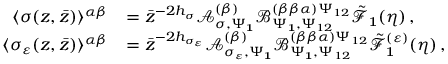
\begin{array} { r l } { \langle \sigma ( z , \bar { z } ) \rangle ^ { \alpha \beta } } & { = \bar { z } ^ { - 2 h _ { \sigma } } \mathcal { A } _ { \sigma , \Psi _ { \mathbf { 1 } } } ^ { ( \beta ) } \mathcal { B } _ { \Psi _ { \mathbf { 1 } } , \Psi _ { 1 2 } } ^ { ( \beta \beta \alpha ) \Psi _ { 1 2 } } \tilde { \mathcal { F } } _ { \mathbf { 1 } } ( \eta ) \, , } \\ { \langle \sigma _ { \varepsilon } ( z , \bar { z } ) \rangle ^ { \alpha \beta } } & { = \bar { z } ^ { - 2 h _ { \sigma _ { \varepsilon } } } \mathcal { A } _ { \sigma _ { \varepsilon } , \Psi _ { \mathbf { 1 } } } ^ { ( \beta ) } \mathcal { B } _ { \Psi _ { \mathbf { 1 } } , \Psi _ { 1 2 } } ^ { ( \beta \beta \alpha ) \Psi _ { 1 2 } } \tilde { \mathcal { F } } _ { \mathbf { 1 } } ^ { ( \varepsilon ) } ( \eta ) \, , } \end{array}